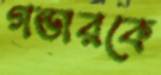
গন্ডারকে